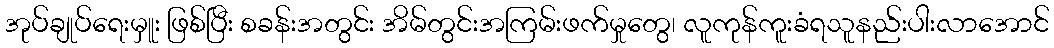
အုပ်ချုပ်ရေးမှူး ဖြစ်ပြီး စခန်းအတွင်း အိမ်တွင်းအကြမ်းဖက်မှုတွေ၊ လူကုန်ကူးခံရသူနည်းပါးလာအောင်